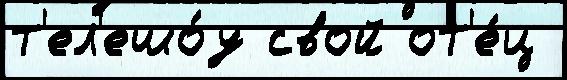
т'ел'ешо́у свой от'е́ц